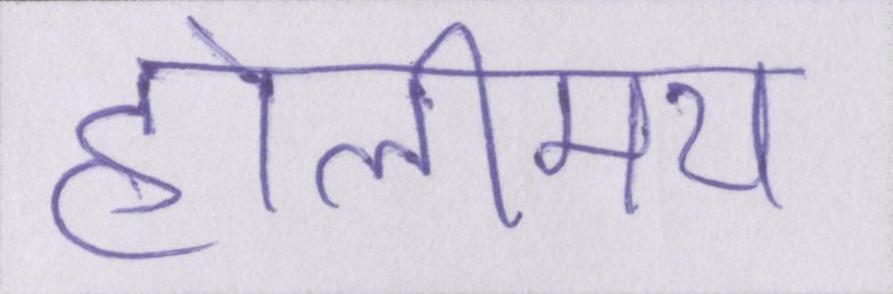
होलीमय